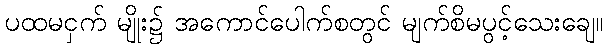
ပထမငှက် မျိုး၌ အကောင်ပေါက်စတွင် မျက်စိမပွင့်သေးချေ။